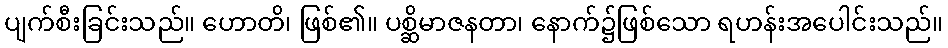
ပျက်စီးခြင်းသည်။ ဟောတိ၊ ဖြစ်၏။ ပစ္ဆိမာဇနတာ၊ နောက်၌ဖြစ်သော ရဟန်းအပေါင်းသည်။